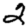
Digit: 2